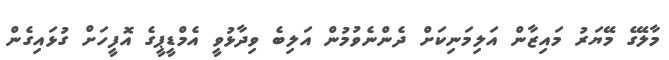
މާލޭގެ މޭޔަރު މައިޒާން އަލިމަނިކަށް ދެންނެވުމުން އަލިބެ ވިދާޅުވީ އެމްޑީޕީގެ އޮފީހަށް ގުޅައިގެން